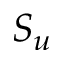
S _ { u }